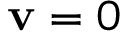
{ \bf \nabla v } = 0